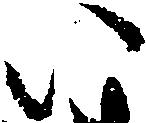
い